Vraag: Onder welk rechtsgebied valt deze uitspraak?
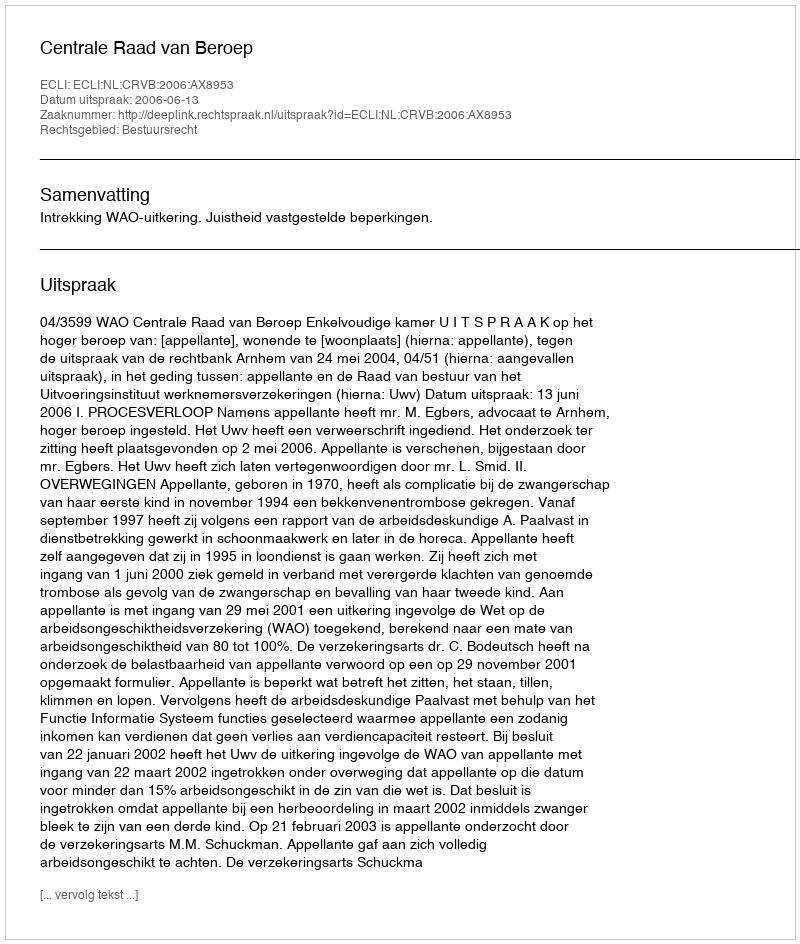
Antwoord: Bestuursrecht